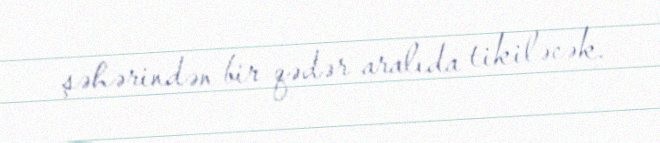
şəhərindən bir qədər aralıda tikiləcək.